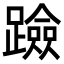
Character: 𨆘